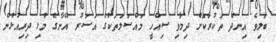
ބަލިވެ އިނދެ ތަކުރާކޮށް ދިމާވި ސިއްހީ މައްސަލަތަކުގެ އަސަރު އޭނާގެ މުޅި ދިރިއުޅުން